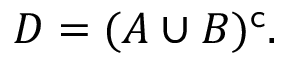
D = ( A \cup B ) ^ { \mathsf { c } } .